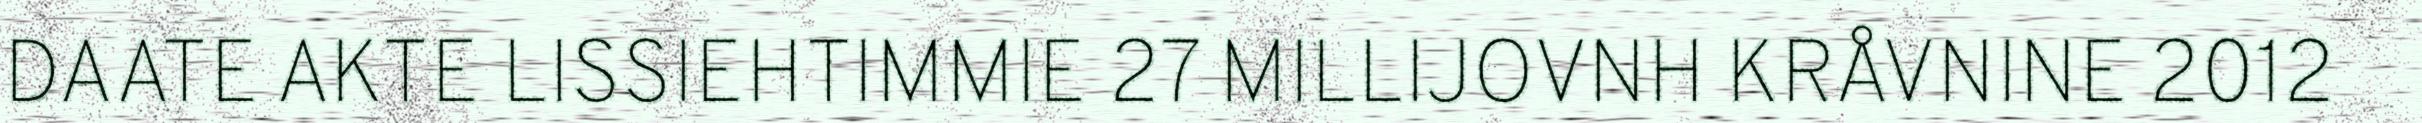
DAATE AKTE LISSIEHTIMMIE 27 MILLIJOVNH KRÅVNINE 2012